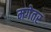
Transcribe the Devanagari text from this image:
मगेतर